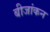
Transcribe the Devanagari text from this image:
बीजांकन